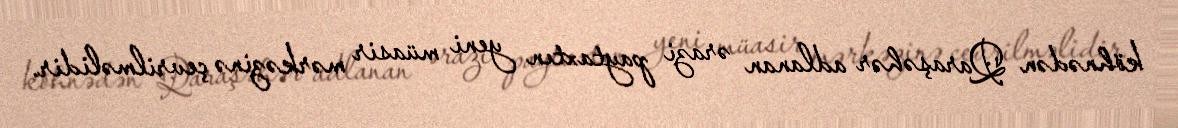
köhnədən Qaraşəhər adlanan ərazi paytaxtın yeni müasir mərkəzinə çevrilməlidir.